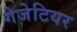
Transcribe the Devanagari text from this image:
गेजेटियर